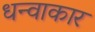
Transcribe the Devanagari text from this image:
धन्वाकार